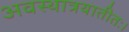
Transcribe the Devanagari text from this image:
अवस्थात्रयातीतः।